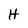
Character: H